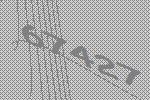
67427